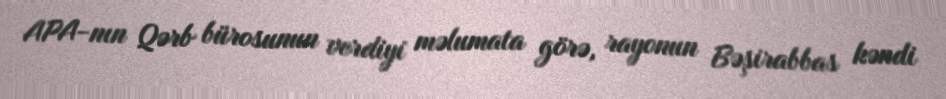
APA-nın Qərb bürosunun verdiyi məlumata görə, rayonun Bəşirabbas kəndi